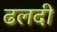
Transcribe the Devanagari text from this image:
ढलदी